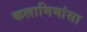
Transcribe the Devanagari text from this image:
कलामिमांसा